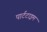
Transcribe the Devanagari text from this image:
पार्टटाइम